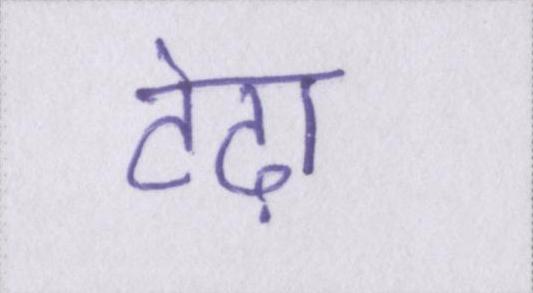
टेढ़ा